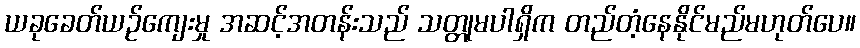
ယခုခေတ်ယဉ်ကျေးမှု အဆင့်အတန်းသည် သတ္တုမပါရှိက တည်တံ့နေနိုင်မည်မဟုတ်ပေ။